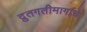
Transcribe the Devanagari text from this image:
द्रुतगतीमार्गाचे